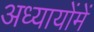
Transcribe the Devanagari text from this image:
अध्यायोंमें